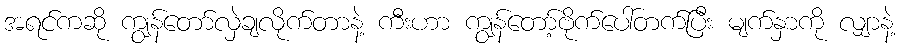
အရင်ကဆို ကျွန်တော်လှဲချလိုက်တာနဲ့ ကီးဟာ ကျွန်တော့်ဗိုက်ပေါ်တက်ပြီး မျက်နှာကို လျှာနဲ့